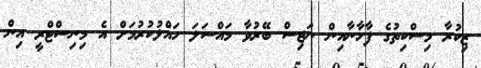
ޒިކުރާ މިސްކިތުގެ ފާހާނާއިން ނަޖިސް ބޭރުވާ މައްސަލަ ހައްލުކުރުމަށް އެ މިނިސްޓްރީ އިން